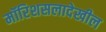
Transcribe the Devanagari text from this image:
मॉरिशसलादेखील